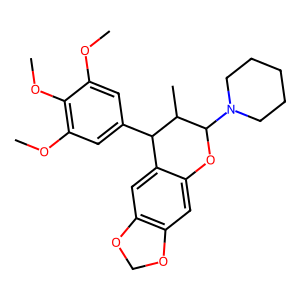
SMILES: COc1cc(C2c3cc4c(cc3OC(N3CCCCC3)C2C)OCO4)cc(OC)c1OC
Inhibits HIV replication: No